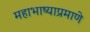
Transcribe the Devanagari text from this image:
महाभाष्याप्रमाणे